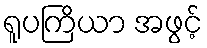
ရူပကြိယာ အဖွင့်